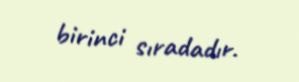
birinci sıradadır.